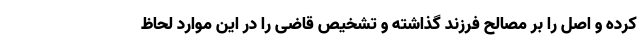
کرده و اصل را بر مصالح فرزند گذاشته و تشخیص قاضی را در این موارد لحاظ